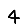
Digit: 4